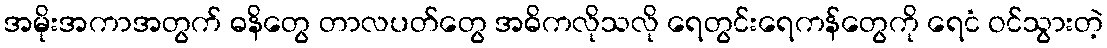
အမိုးအကာအတွက် ဓနိတွေ တာလပတ်တွေ အဓိကလိုသလို ရေတွင်းရေကန်တွေကို ရေငံ ဝင်သွားတဲ့